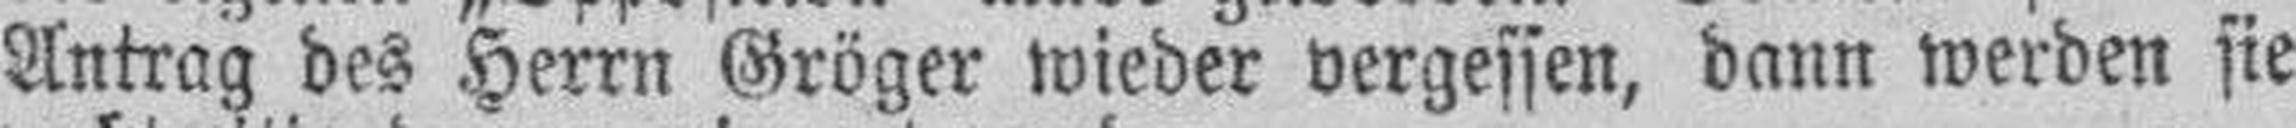
Antrag des Herrn Gröger wieder vergessen, dann werden sie